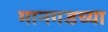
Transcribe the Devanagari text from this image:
मानगडच्या